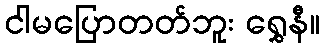
ငါမပြောတတ်ဘူး ရွှေနီ။